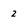
Character: 2